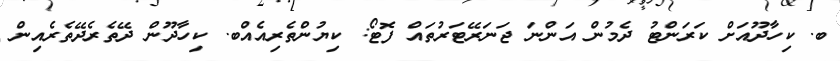
ބ. ކިހާދޫއަށް ކަރަންޓު ދެމުން އަންނަ ޖަނަރޭޓަރުތައް ފޮޓޯ: ކިޔުންތެރިއެއްބ. ކިހާދޫން ދޭތެރެދޭތެރެއިން